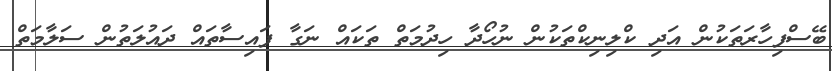
ބޭސްފިހާރަތަކުން އަދި ކްލިނިކްތަކުން ނުހޯދާ ހިދުމަތް ތަކައް ނަގާ ފައިސާތައް ދައުލަތުން ސަލާމަތް